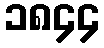
၁၈၄၄